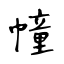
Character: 幢